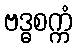
ဗဒ္ဓစက္ကံ